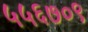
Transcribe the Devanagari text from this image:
५५६७०९